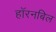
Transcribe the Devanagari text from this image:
हॉरनबिल